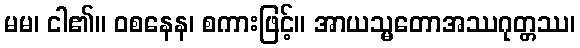
မမ၊ ငါ၏။ ဝစနေန၊ စကားဖြင့်။ အာယသ္မတောအဿဂုတ္တဿ၊